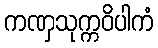
ကဏှသုက္ကဝိပါကံ